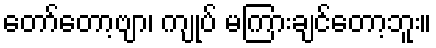
တော်တော့ဗျာ၊ ကျုပ် မကြားချင်တော့ဘူး။